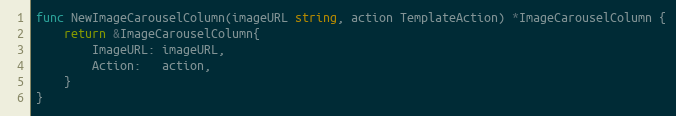
Language: Go
func NewImageCarouselColumn(imageURL string, action TemplateAction) *ImageCarouselColumn {
	return &ImageCarouselColumn{
		ImageURL: imageURL,
		Action:   action,
	}
}